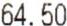
64.50